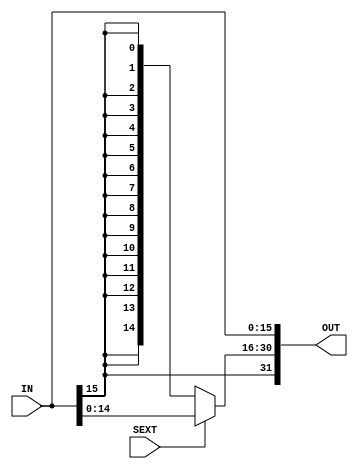
module SignExt(IN, SEXT, OUT);
  input[15:0] IN;
  input SEXT;
  output[31:0] OUT;
  
  assign OUT[15:0] = IN[15:0];
  assign OUT[31:16] = (SEXT == 0) ? {16{IN[15]}} : {16'h0000, IN};
  
endmodule